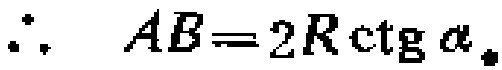
\(\therefore\quad AB = 2R\operatorname{ctg}\alpha_{\bullet}\)